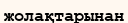
жолақтарынан